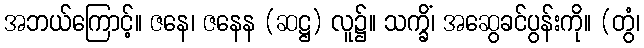
အဘယ်ကြောင့်။ ဇနေ၊ ဇနေန (ဆဋ္ဌ) လူ၌။ သက္ခိံ၊ အဆွေခင်ပွန်းကို။ (တွံ၊